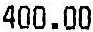
400.00